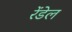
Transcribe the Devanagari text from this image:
रेंडेल